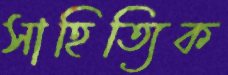
সাহিত্যিক